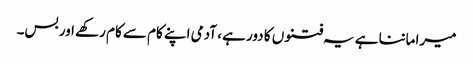
میرا ماننا ہے یہ فتنوں کا دور ہے ، آدمی اپنے کام سے کام رکھے اور بس۔